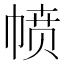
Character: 𪩸